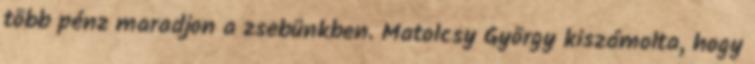
több pénz maradjon a zsebünkben. Matolcsy György kiszámolta, hogy